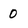
Character: 0